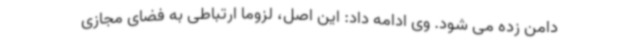
دامن زده می شود. وی ادامه داد: این اصل، لزوما ارتباطی به فضای مجازی